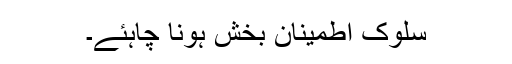
سلوک اطمینان بخش ہونا چاہئے۔